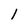
Character: I